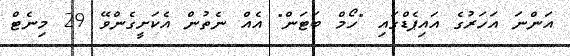
އަންނަ އަހަރުގެ އައިޕެޑްގައި "ހޯމް ބަޓަން" އެއް ނެތުން އެކަށީގެންވޭ 29 މިނެޓް